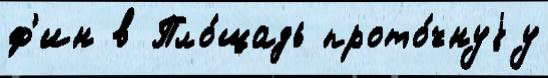
ф'ин в Пло́щадь прото́чнуjу